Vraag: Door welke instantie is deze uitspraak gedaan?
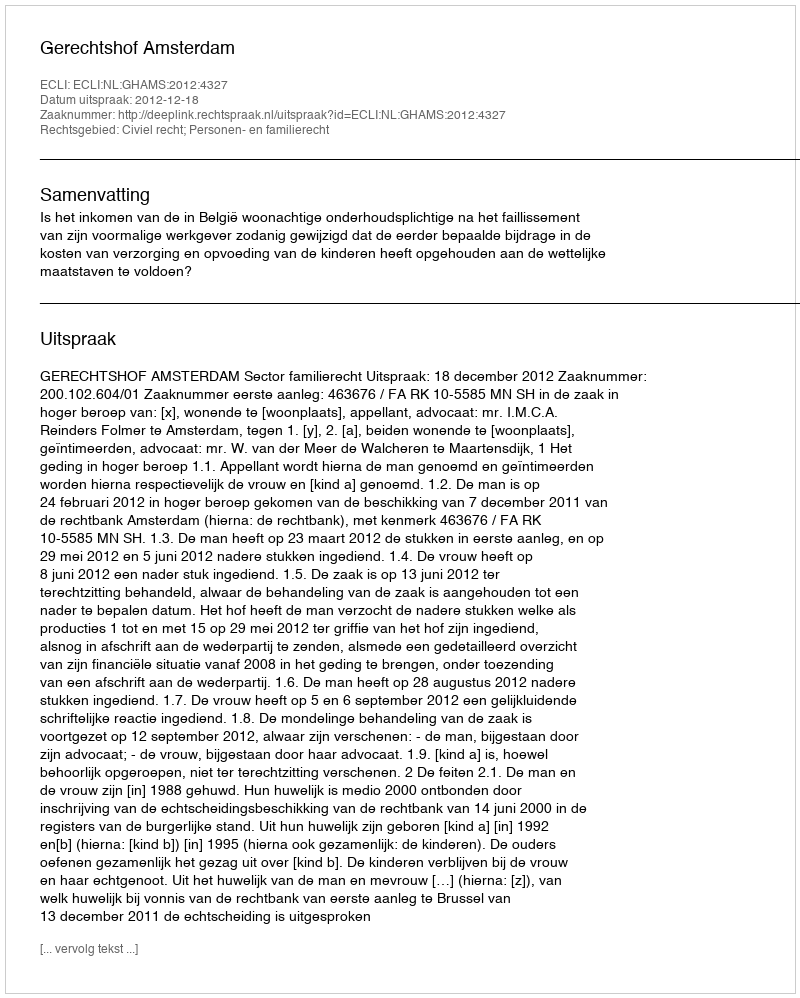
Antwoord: Gerechtshof Amsterdam